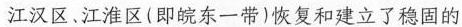
江汉区、江淮区（即皖东一带）恢复和建立了稳固的